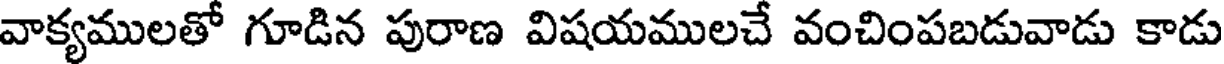
వాక్యములతో గూడిన పురాణ విషయములచే వంచింపబడువాడు కాడు